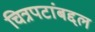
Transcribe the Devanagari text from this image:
चित्रपटांबद्दल